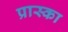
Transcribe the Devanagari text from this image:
प्रास्का